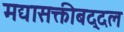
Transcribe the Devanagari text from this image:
मद्यासक्तीबद्दल